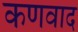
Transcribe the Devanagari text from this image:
कणवाद